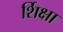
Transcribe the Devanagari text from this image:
र्शिक्षा